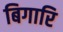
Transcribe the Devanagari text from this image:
बिगारि